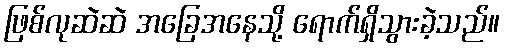
ဖြစ်လုဆဲဆဲ အခြေအနေသို့ ရောက်ရှိသွားခဲ့သည်။